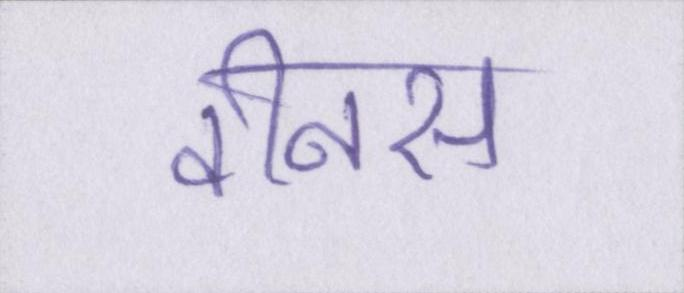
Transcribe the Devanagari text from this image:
वीनस